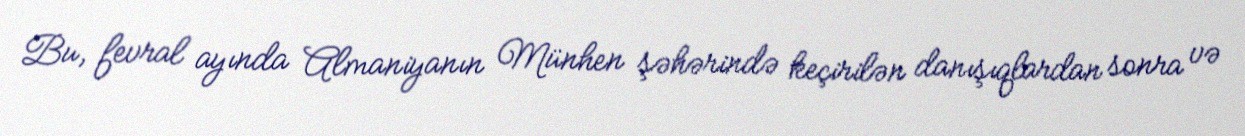
Bu, fevral ayında Almaniyanın Münhen şəhərində keçirilən danışıqlardan sonra və